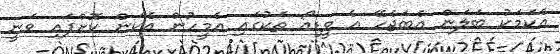
އެކަމަކު ބަލަން އެބަޖެހޭ އެ ވީޑިއޯ ތަކުގައި އެމީހުން އެކަން ކޮށްފައި ވަނީ